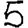
Digit: 5